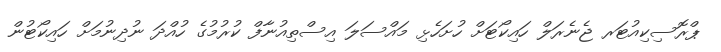
ޕްރޮސިކިއުޓަރ ޖެނެރަލް ހައިކޯޓަށް ހުށަހެޅި މައްސަލަ އިސްތިއުނާފް ކުރުމުގެ ހުއްދަ ނުދިނުމަށް ހައިކޯޓުން